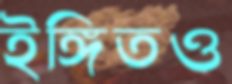
ইঙ্গিতও